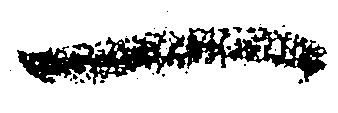
一